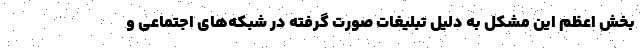
بخش اعظم این مشکل به دلیل تبلیغات صورت گرفته در شبکه‌های اجتماعی و